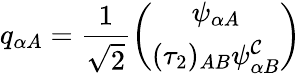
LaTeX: q_{\alpha A}=\frac{1}{\sqrt{2}}\left(\begin{array}{c}{{\psi_{\alpha A}}}\\ {{(\tau_{2})_{AB}\psi_{\alpha B}^{\cal C}}}\end{array}\right)